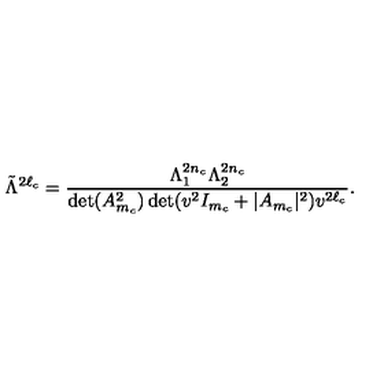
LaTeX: \tilde { \Lambda } ^ { 2 \ell _ { c } } = { \frac { \Lambda _ { 1 } ^ { 2 n _ { c } } \Lambda _ { 2 } ^ { 2 n _ { c } } } { \det ( A _ { m _ { c } } ^ { 2 } ) \det ( v ^ { 2 } I _ { m _ { c } } + | A _ { m _ { c } } | ^ { 2 } ) v ^ { 2 \ell _ { c } } } } .